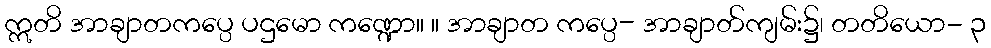
ဣတိ အာချာတကပ္ပေ ပဌမော ကဏ္ဍော။ ။ အာချာတ ကပ္ပေ- အာချာတ်ကျမ်း၌၊ တတိယော- ၃